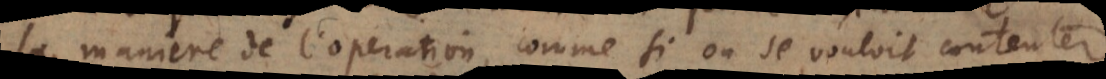
la maniere de l’operation, comme si on se vouloit contenter